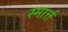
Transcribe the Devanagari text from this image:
स्मार्त्त